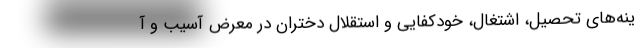
ینه‌های تحصیل، اشتغال، خودکفایی و استقلال دختران در معرض آسیب و آ